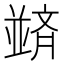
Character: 𫡀